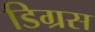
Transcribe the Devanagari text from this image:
डिग्रस